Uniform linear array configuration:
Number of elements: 32
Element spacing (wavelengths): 0.5
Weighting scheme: cosine
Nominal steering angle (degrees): -15
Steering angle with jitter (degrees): -16.427
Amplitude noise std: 0.05
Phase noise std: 0.05

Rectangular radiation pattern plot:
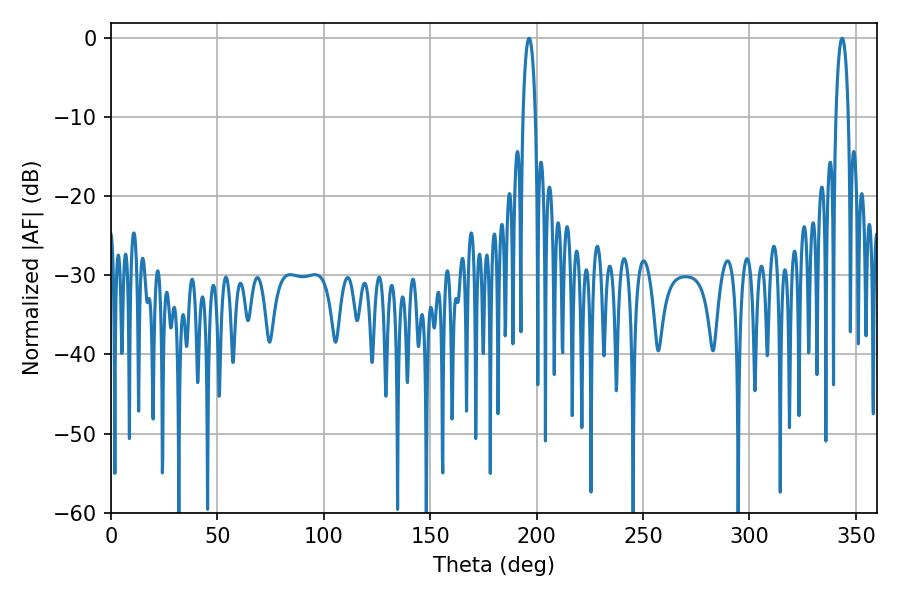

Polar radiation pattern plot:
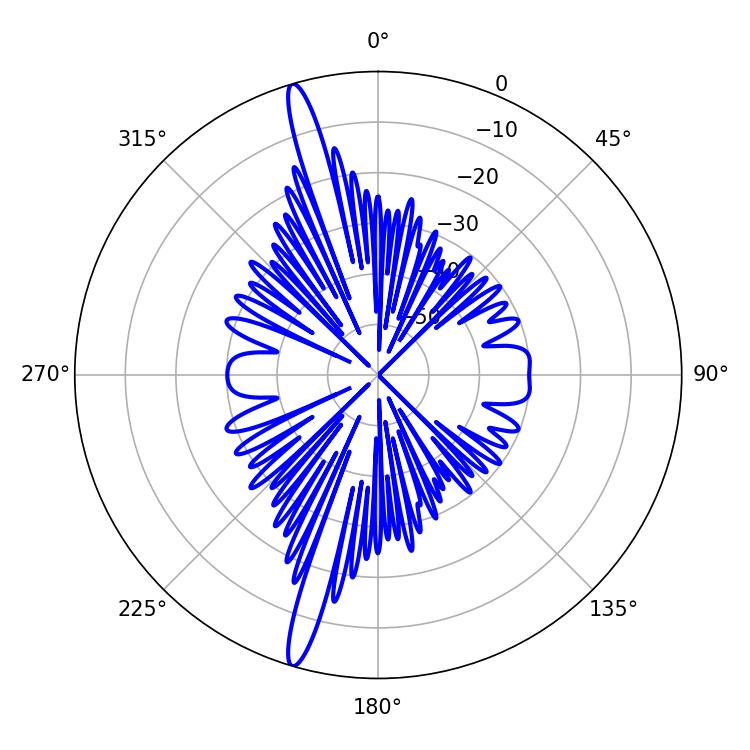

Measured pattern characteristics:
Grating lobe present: FALSE
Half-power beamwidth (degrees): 3.42
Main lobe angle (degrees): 196.38